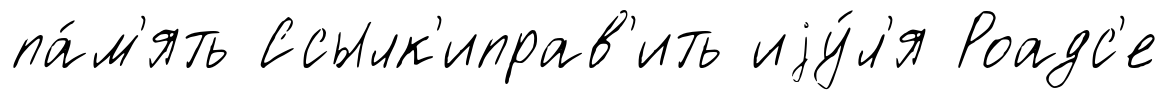
па́м'ять Ссылк'иправ'ить иjу́л'я Роадс'е